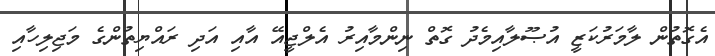
އެގޮތުން ލާމަރުކަޒީ އުޞޫލާއިމެދު ގޮތް ނިންމާއިރު އެލްޖީއޭ އާއި އަދި ރައްޔިތުންގެ މަޖިލިހާއި